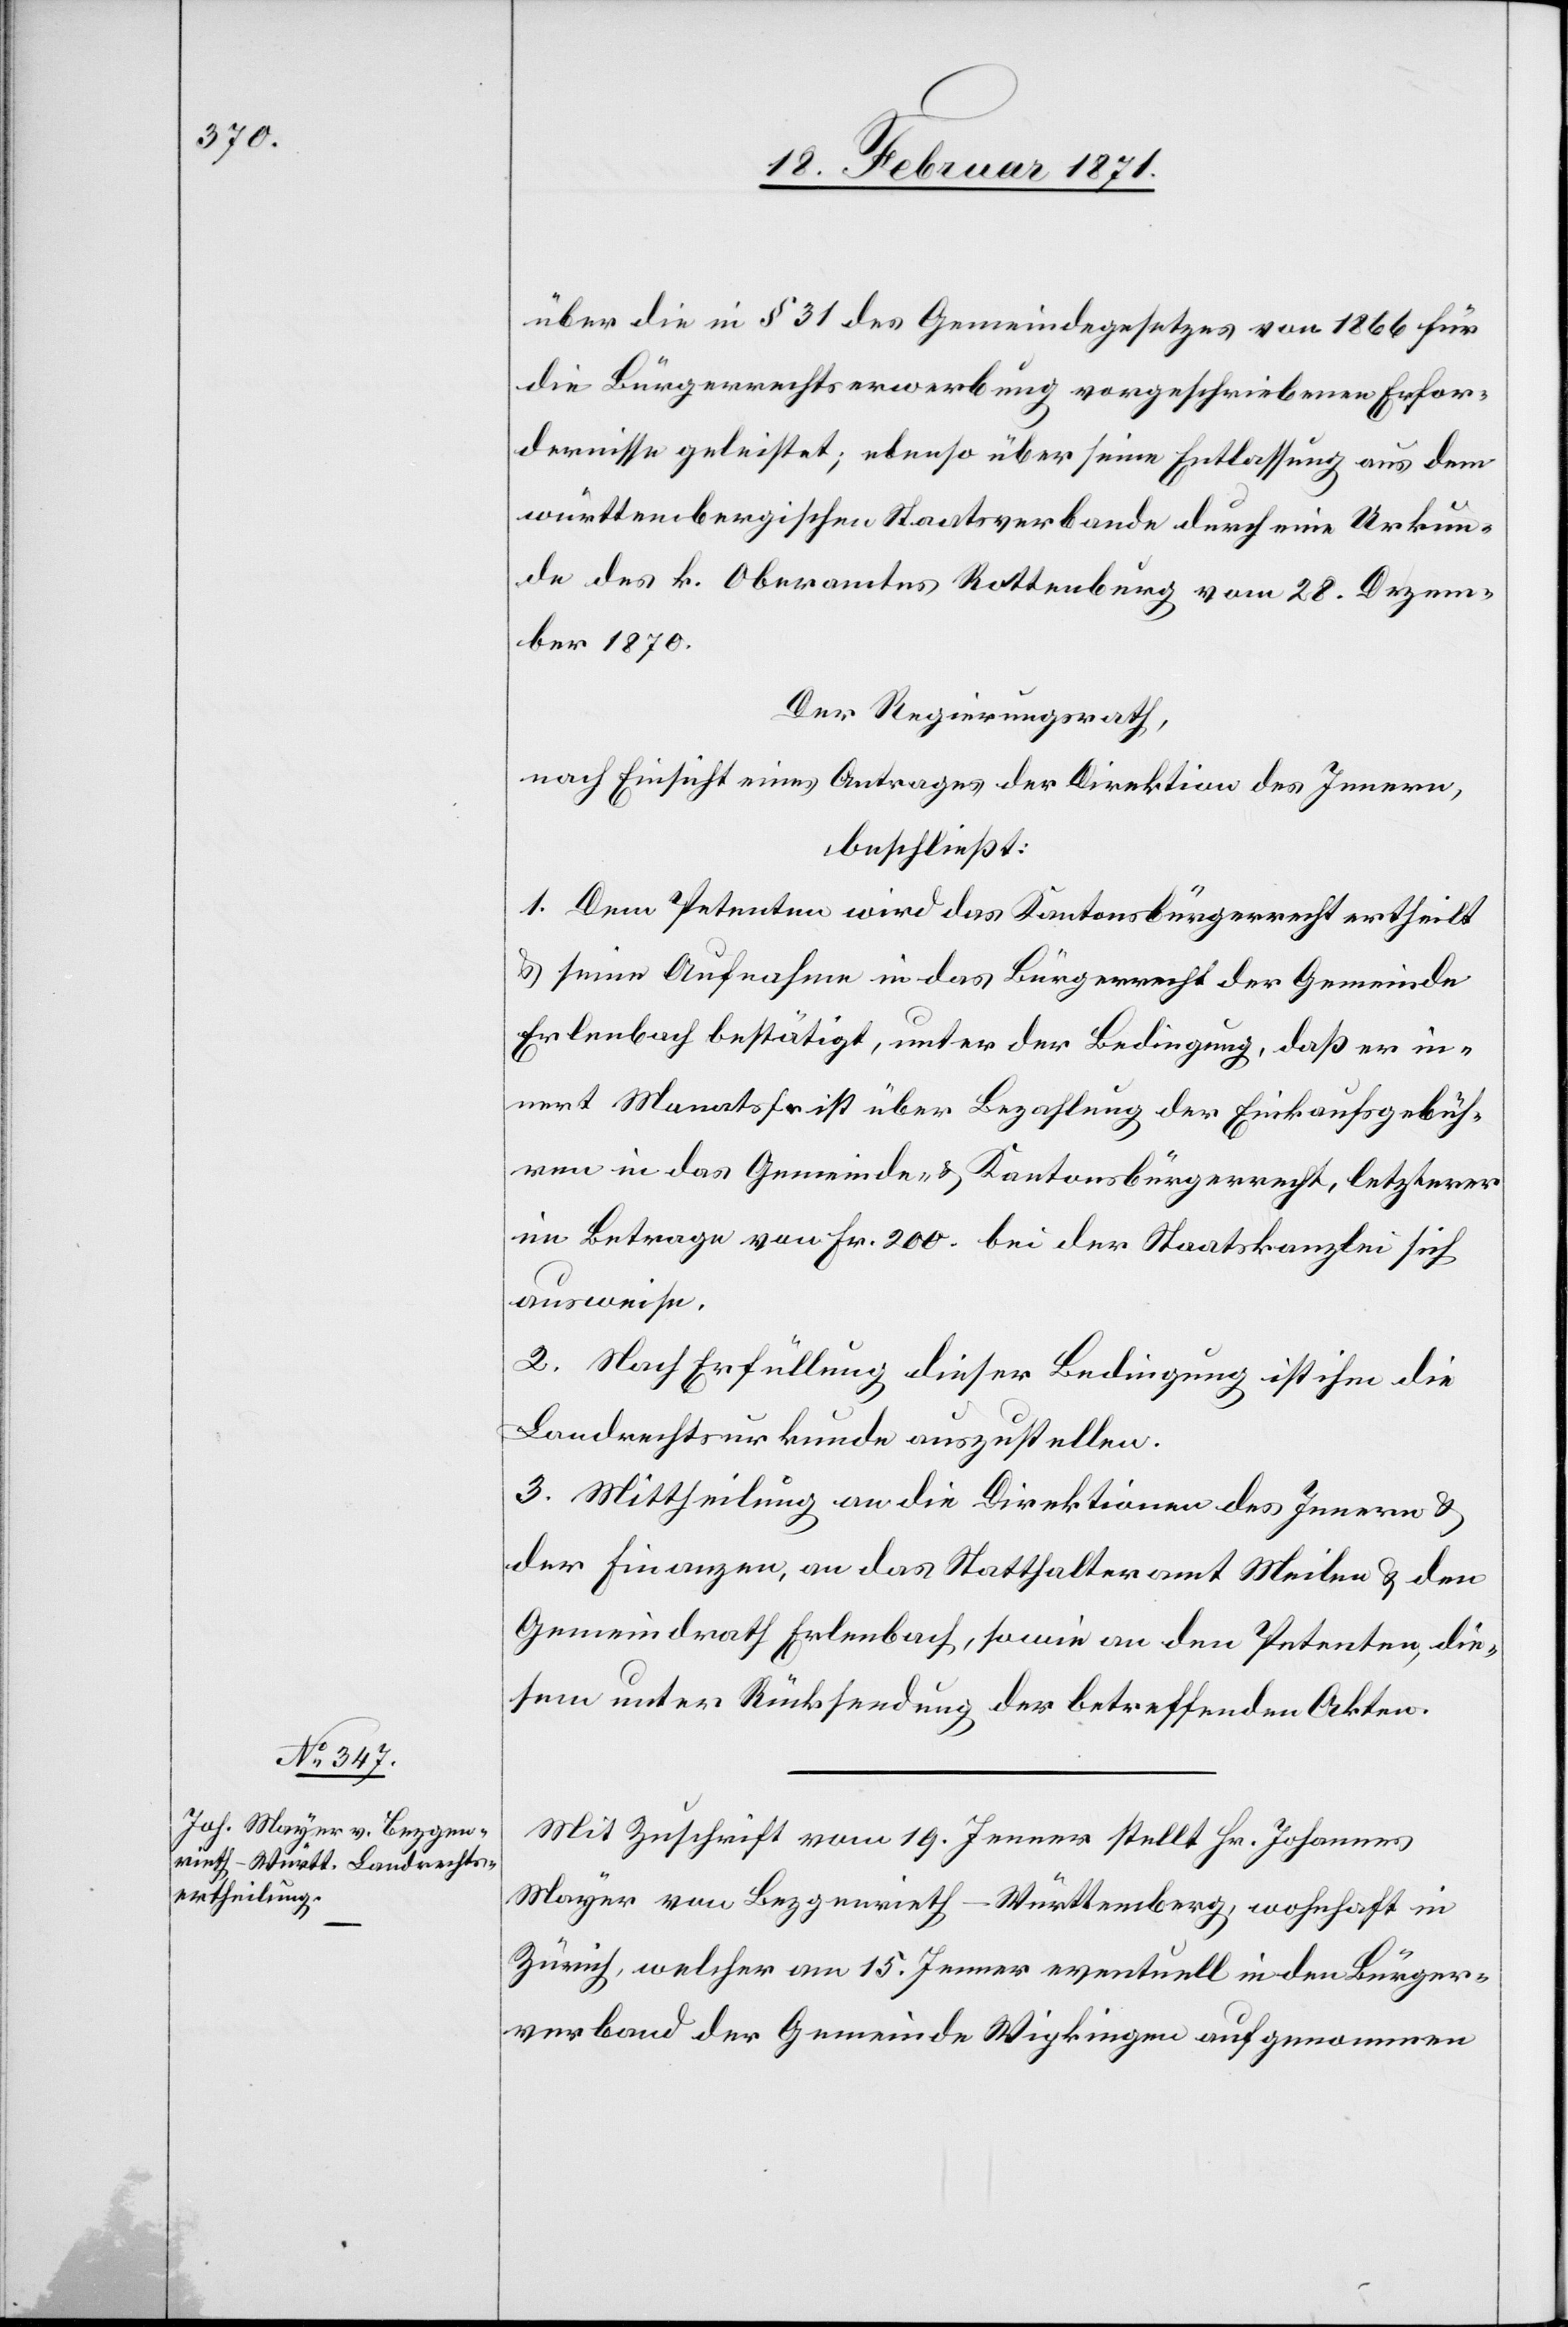
über die in § 31 des Gemeindegesetztes von 1866 für
die Bürgerrechtserwerbung vorgeschriebenen Erfor¬
dernisse geleistet; ebenso über seine Entlassung aus dem
württembergischen Staatsverbande durch eine Urkun¬
de des k. Oberamtes Rottenburg vom 28. Dezem¬
ber 1870.
Der Regierungsrath,
nach Einsicht eines Antrages der Direktion des Innern,
beschließt:
1. Dem Petenten wird das Kantonsbürgerrecht ertheilt
u. seine Aufnahme in das Bürgerrecht der Gemeinde
Erlenbach bestätigt, unter der Bedingung, daß er in¬
nert Monatsfrist über Bezahlung der Einkaufsgebüh¬
ren in das Gemeinde- u. Kantonsbürgerrecht, letzterer
im Betrage von Fr. 200. bei der Staatskanzlei sich
ausweise.
2. Nach Erfüllung dieser Bedingung ist ihm die
Landrechtsurkunde auszustellen.
3. Mittheilung an die Direktion des Innern u.
der Finanzen, an das Statthalteramt Meilen u. den
Gemeindrath Erlenbach, sowie an den Petenten, die¬
sem unter Rücksendung der betreffenden Akten.
Mit Zuschrift vom 19. Jenner stellt Hr. Johannes
Mayer von Bezgenrieth-Württemberg, wohnhaft in
Zürich, welcher am 15. Jenner eventuell in den Bürger¬
verband der Gemeinde Wipkingen aufgenommen